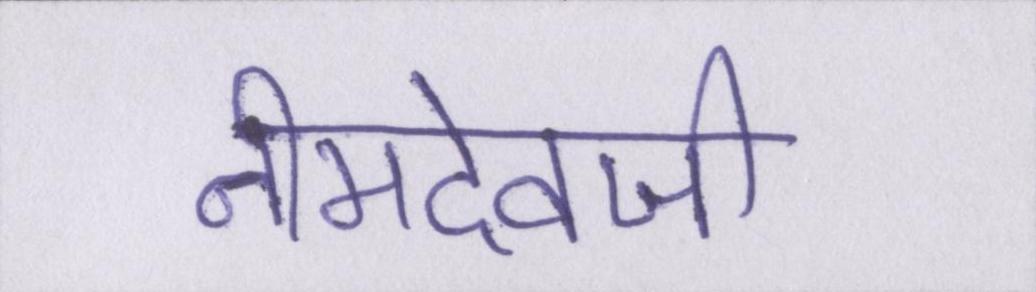
नीमदेवजी